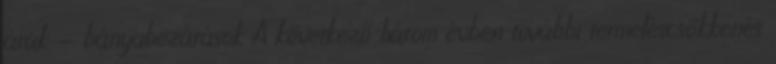
árak - bányabezárások A következő három évben további termeléscsökkenés